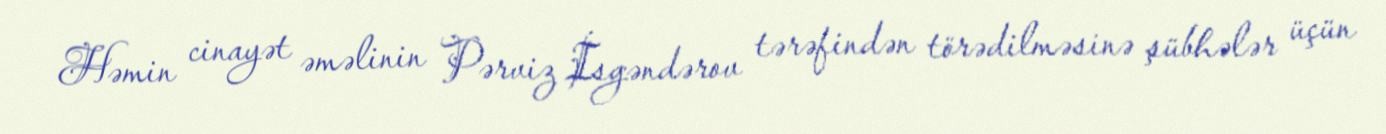
Həmin cinayət əməlinin Pərviz İsgəndərov tərəfindən törədilməsinə şübhələr üçün